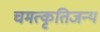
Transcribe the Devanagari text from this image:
चमत्कृतिजन्य